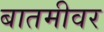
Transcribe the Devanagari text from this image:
बातमीवर